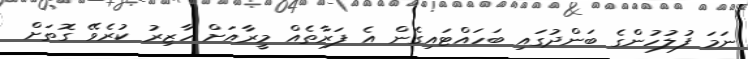
ނަމަ ފުލުހުންގެ ބަންދުގައި ބަހައްޓައިގެން އެ ފަރާތެއް މީރާއަށް ހާޒިރު ކުރެވޭ ގޮތަށް